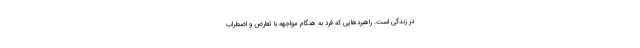
در زندگی است. راهبردهایی که فرد به هنگام مواجهه با تعارض و اضطراب